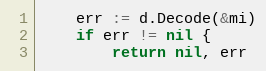
Language: Go
	err := d.Decode(&mi)
	if err != nil {
		return nil, err